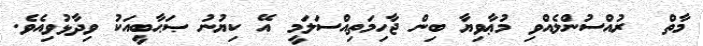
މާތް  ރުއްސުންލެއްވި މުޢާވިޔާ ބިން ޖާހިމަތިއްސަލަމީ އޭ ކިޔުނު ޞަޙާބީއަކު ވިދާޅުވިއެވެ.